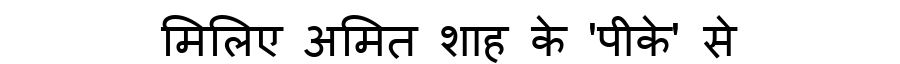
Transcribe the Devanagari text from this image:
मिलिए अमित शाह के 'पीके' से